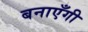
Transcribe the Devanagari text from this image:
बनाएँगी